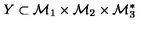
Y \subset { \cal M } _ { 1 } \times { \cal M } _ { 2 } \times { \cal M } _ { 3 } ^ { * }